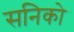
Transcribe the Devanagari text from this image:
सनिको